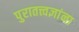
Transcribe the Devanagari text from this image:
पुरातत्त्वज्ञांना